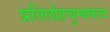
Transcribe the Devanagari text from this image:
प्रतिलोहचुम्बकत्व